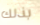
بذلك